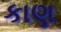
કાણ